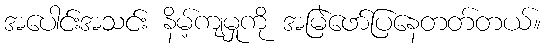
အပေါင်းအသင်း နိမ့်ကျမှုကို အမြဲဖော်ပြနေတတ်တယ်။